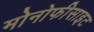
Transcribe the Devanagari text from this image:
मोनोफीसाइट